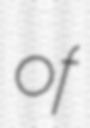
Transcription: of